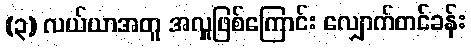
(၃) လယ်ယာအတူ အလှူဖြစ်ကြောင်း လျှောက်တင်ခန်း